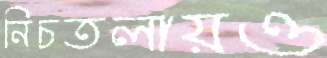
নিচতলায়ও